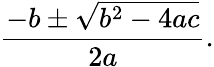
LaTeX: {\frac{-b\pm{\sqrt{b^{2}-4ac}}}{2a}}.